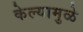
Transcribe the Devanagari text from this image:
केल्‍यामुळे